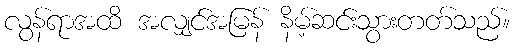
လွန်ရာအထိ အလျှင်အမြန် နိမ့်ဆင်းသွားတတ်သည်။